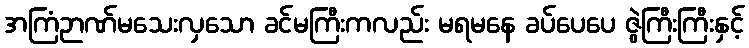
အကြံဉာဏ်မသေးလှသော ခင်မကြီးကလည်း မရမနေ ခပ်ပေပေ ဇွဲကြီးကြီးနှင့်